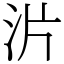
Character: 沜